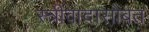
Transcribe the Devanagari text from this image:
स्त्रीवादासोबत